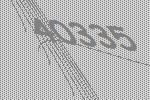
40335